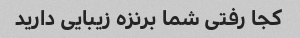
کجا رفتی شما برنزه زیبایی دارید